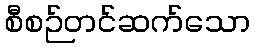
စီစဉ်တင်ဆက်သော